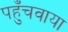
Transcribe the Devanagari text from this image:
पहुँचवाया